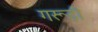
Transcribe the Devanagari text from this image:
गरूड़ी